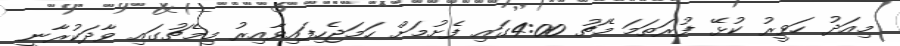
މިއަދު ހަވީރު ކުޅޭ ފުރަތަމަ މެޗު 4:00ގައި ފެށުމަށް ހަމަޖެހިފައިވާއިރު މިމެޗުގައި ވާދަކުރާނީ